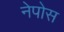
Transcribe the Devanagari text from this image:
नेपोस